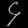
Digit: ၄